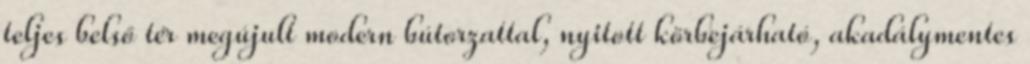
teljes belső tér megújult modern bútorzattal, nyitott körbejárható, akadálymentes